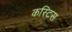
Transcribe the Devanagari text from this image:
कस्टिस